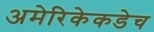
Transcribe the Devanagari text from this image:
अमेरिकेकडेच